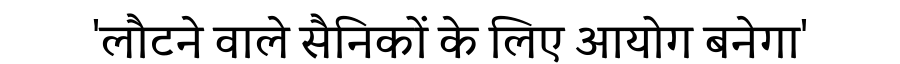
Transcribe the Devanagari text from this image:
'लौटने वाले सैनिकों के लिए आयोग बनेगा'